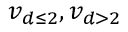
v _ { d \le 2 } , v _ { d > 2 }